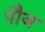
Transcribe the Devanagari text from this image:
पौज